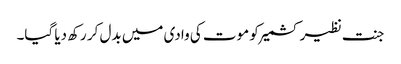
جنت نظیر کشمیر کو موت کی وادی میں بدل کر رکھ دیا گیا۔